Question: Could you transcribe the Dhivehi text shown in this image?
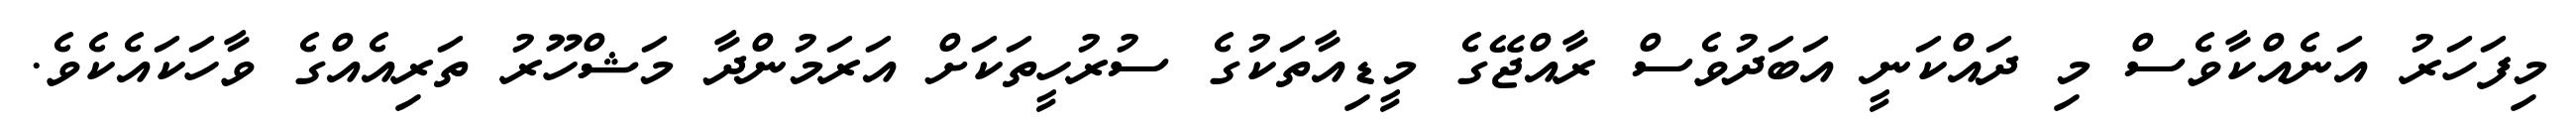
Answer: މިފަހަރު އަނެއްކާވެސް މި ދައްކަނީ އަބަދުވެސް ރާއްޖޭގެ މީޑިއާތަކުގެ ސުރުހީތަކަށް އަރަމުންދާ މަޝްހޫރު ތަރިއެއްގެ ވާހަކައެކެވެ.